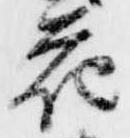
花